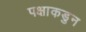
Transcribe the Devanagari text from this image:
पक्षाकडुन